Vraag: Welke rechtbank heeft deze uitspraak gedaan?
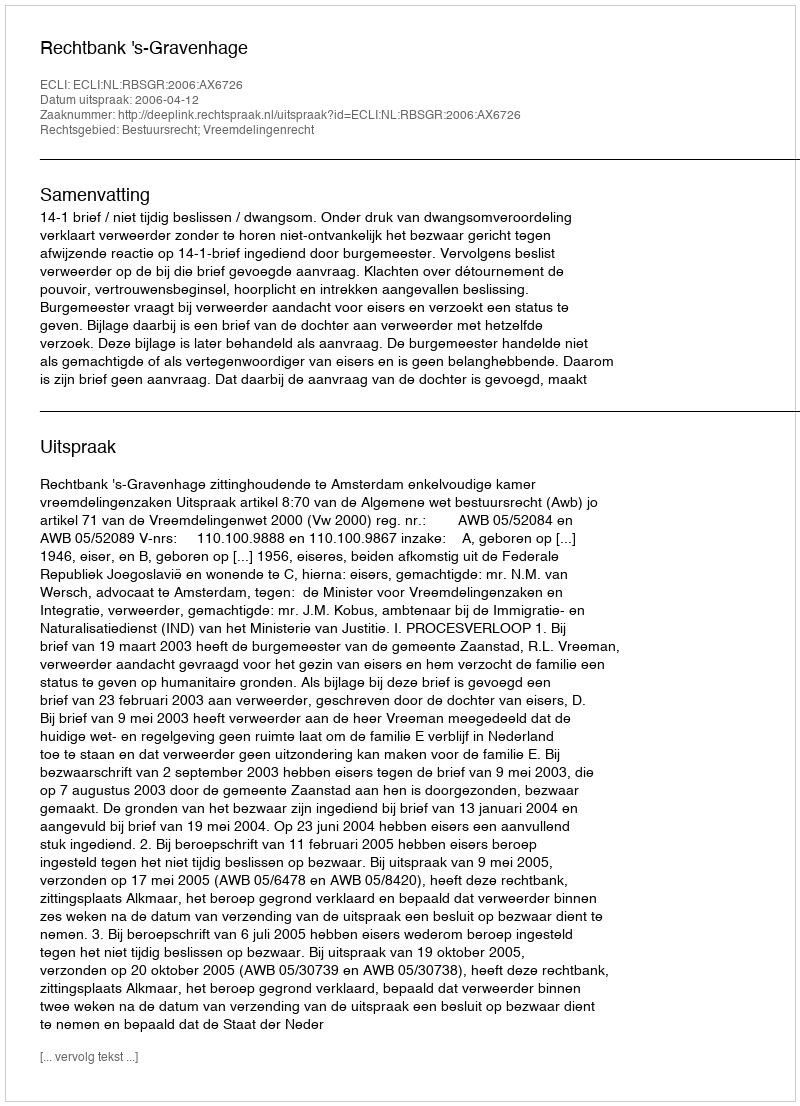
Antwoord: Rechtbank 's-Gravenhage